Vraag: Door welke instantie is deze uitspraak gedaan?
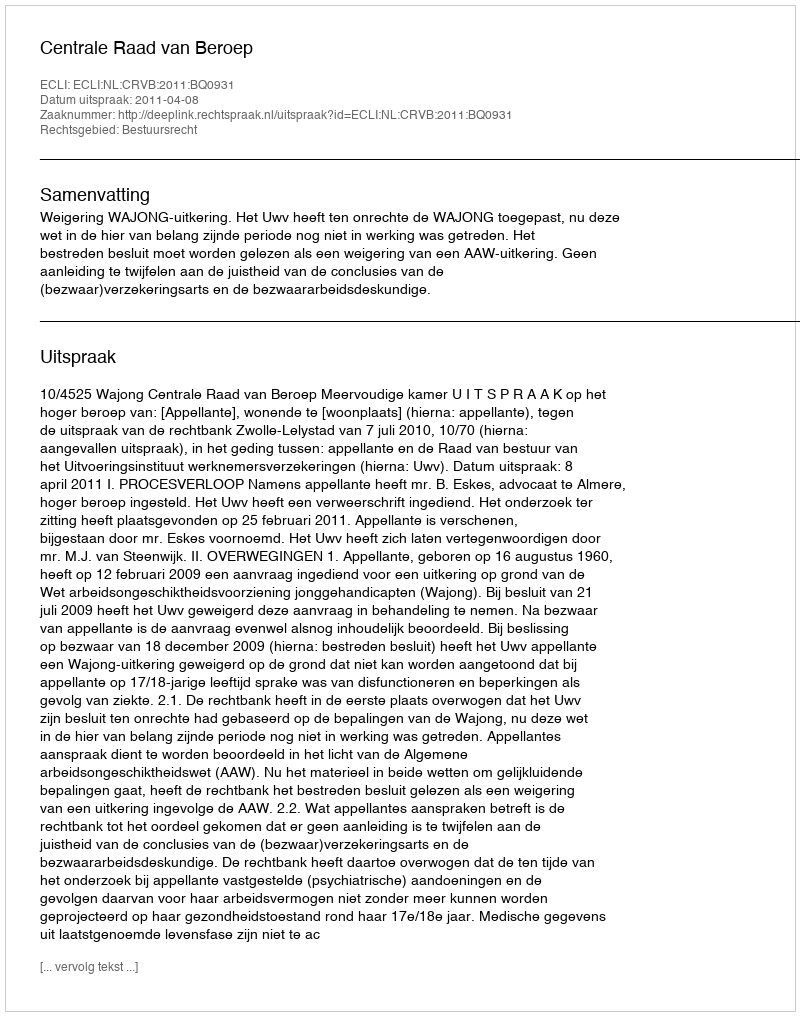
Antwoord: Centrale Raad van Beroep